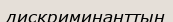
дискриминанттың